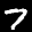
Label: 7